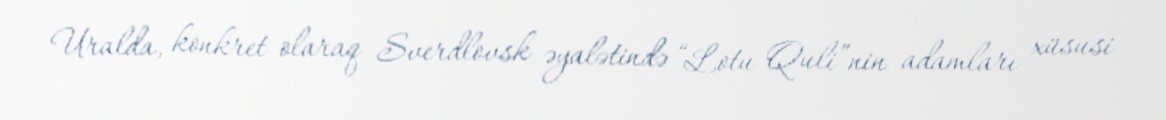
Uralda, konkret olaraq Sverdlovsk əyalətində “Lotu Quli”nin adamları xüsusi